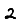
Digit: 2